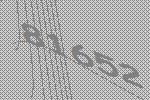
81652